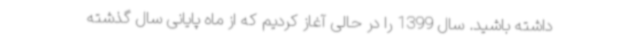
داشته باشید. سال 1399 را در حالی آغاز کردیم که از ماه پایانی سال گذشته